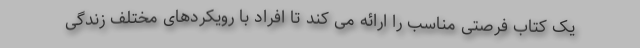
یک کتاب فرصتی مناسب را ارائه می کند تا افراد با رویکردهای مختلف زندگی